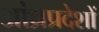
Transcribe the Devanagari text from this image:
आंध्रप्रदेशों